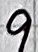
Text: 9